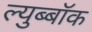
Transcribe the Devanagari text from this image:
ल्युब्बॉक